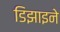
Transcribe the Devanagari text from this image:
डिझाइने